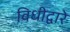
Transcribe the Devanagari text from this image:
विधीद्वारे